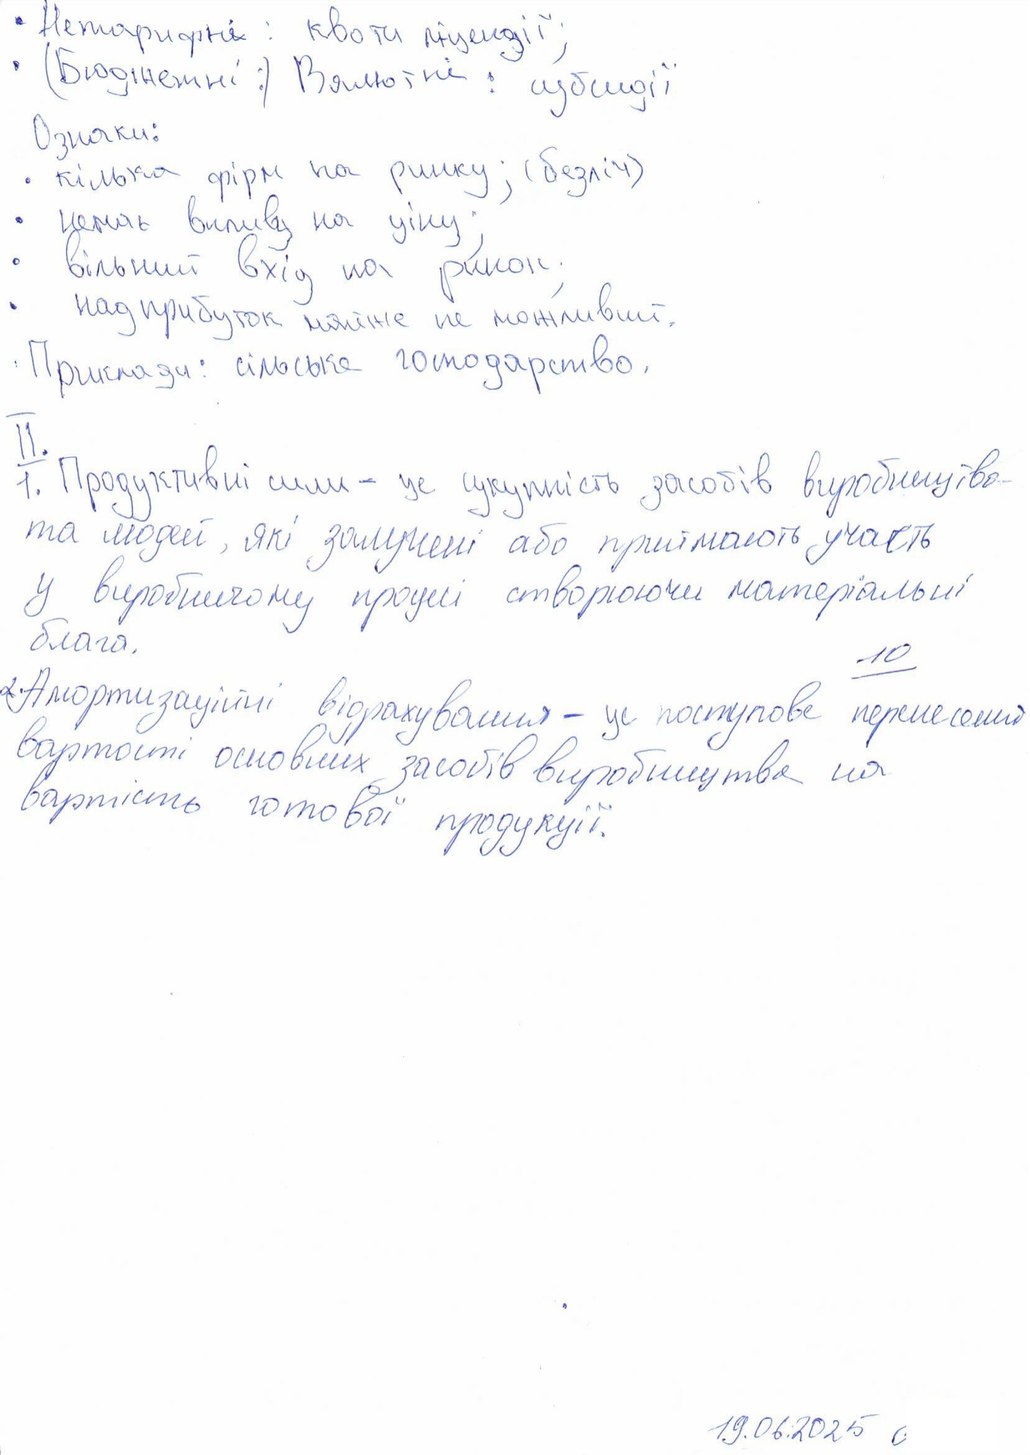
• Нетарифні: квоти ліцензії;
• (Бюджетні:) Валютні : субсидії
Ознаки:
• кілька фірм на ринку; (безліч)
• немає впливу на ціну;
• вільний вхід на ринок;
• надприбуток майже не можливий.
Приклади: сільське господарство.
II.
1. Продуктивні сили - це сукупність засобів виробництва
та людей, які залучені або приймають участь
у виробничому процесі створюючи матеріальні
блага.
10
2. Амортизаційні відрахування - це поступове перенесення
вартості основних засобів виробництва на
вартість готової продукції.
19.06.2025 [illegible]